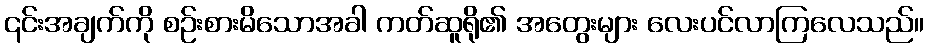
၎င်းအချက်ကို စဉ်းစားမိသောအခါ ကတ်ဆူရို၏ အတွေးများ လေးပင်လာကြလေသည်။